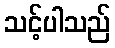
သင့်ပါသည်